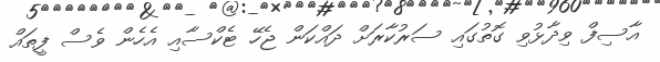
އާސިފް ވިދާޅުވި ގޮތުގައި ސަރުކާރަށް ދައްކަން ޖެހޭ ޓެކްސާއި އެހެން ވެސް ފީތައް